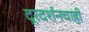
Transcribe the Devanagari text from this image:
दूरदर्शनचाही